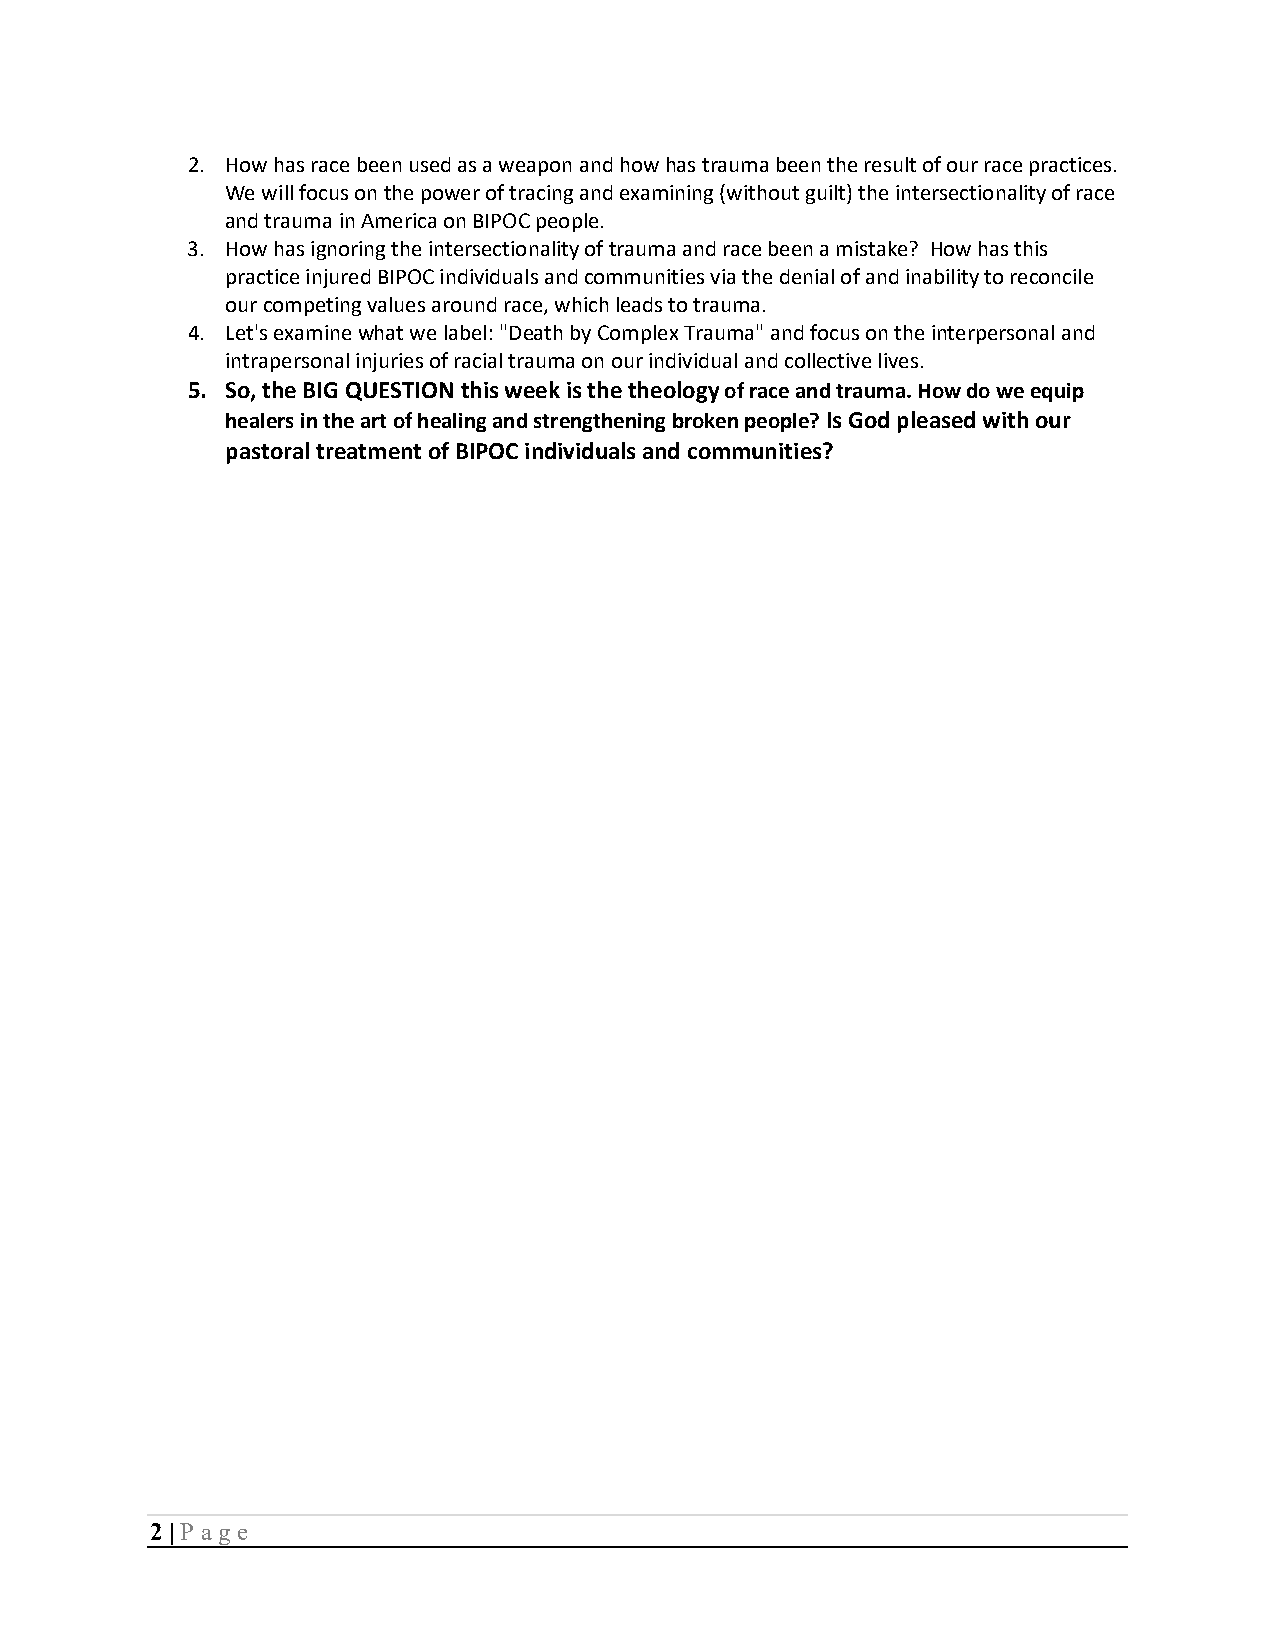
2. How has race been used as a weapon and how has trauma been the result of our race practices.
 We will focus on the power of tracing and examining (without guilt) the intersectionality of race
 and trauma in America on BIPOC people.
 3. How has ignoring the intersectionality of trauma and race been a mistake? How has this
 practice injured BIPOC individuals and communities via the denial of and inability to reconcile
 our competing values around race, which leads to trauma.
 4. Let's examine what we label: "Death by Complex Trauma" and focus on the interpersonal and
 intrapersonal injuries of racial trauma on our individual and collective lives.
 5. So, the BIG QUESTION this week is the theology of race and trauma. How do we equip
 healers in the art of healing and strengthening broken people? Is God pleased with our
 pastoral treatment of BIPOC individuals and communities?
 2 | P age